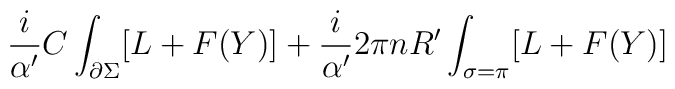
\frac{i}{\alpha^{\prime}}C \int_{\partial \Sigma }[L+F(Y)] + \frac{i}{\alpha^{\prime}}2 \pi nR^\prime \int_{\sigma = \pi}[L + F(Y)]